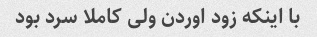
با اینکه زود اوردن ولی کاملا سرد بود